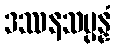
ဒဿနသမ္ပန္နံ